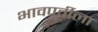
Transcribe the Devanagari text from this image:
भावपूर्तीला